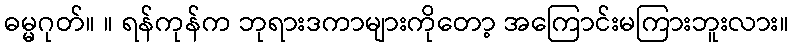
ဓမ္မဂုတ်။ ။ ရန်ကုန်က ဘုရားဒကာများကိုတော့ အကြောင်းမကြားဘူးလား။